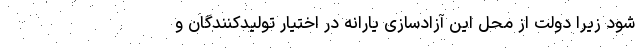
شود زیرا دولت از محل این آزادسازی یارانه در اختیار تولیدکنندگان و